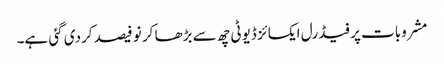
مشروبات پر فیڈرل ایکسائز ڈیوٹی چھ سے بڑھا کر نو فیصد کردی گئی ہے۔